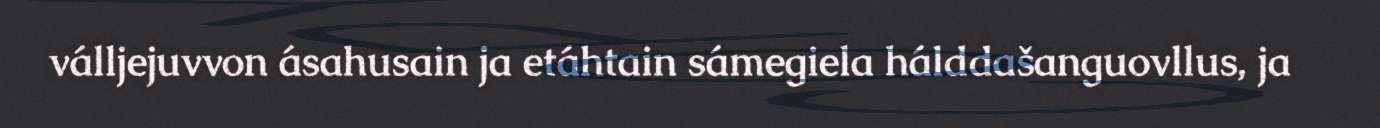
válljejuvvon ásahusain ja etáhtain sámegiela hálddašanguovllus, ja